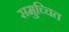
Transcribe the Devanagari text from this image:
समुच्चित